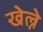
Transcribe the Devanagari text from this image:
खेल्ने